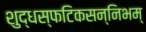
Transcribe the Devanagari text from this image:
शुद्धस्फटिकसन्निभम्